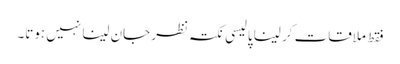
فقط ملاقات کر لینا پالیسی نکتہ نظر جان لینا نہیں ہوتا۔